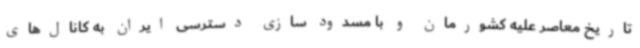
تاریخ معاصر علیه کشورمان و با مسدود سازی دسترسی ایران به کانال‌های